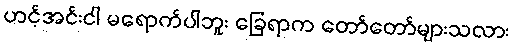
ဟင့်အင်းငါ မရောက်ပါဘူး ခြေရာက တော်တော်များသလား